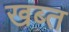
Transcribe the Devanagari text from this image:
खब्त